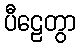
ပီဠေတွာ